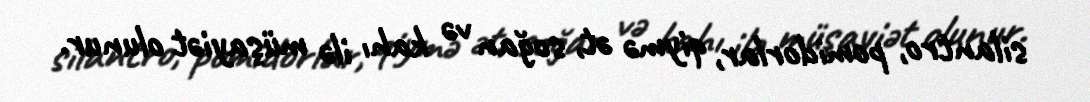
silantro, pomidorlar, qiymə ət, soğan və kahı ilə müşayiət olunur.